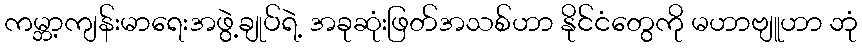
ကမ္ဘာ့ကျန်းမာရေးအဖွဲ့ချုပ်ရဲ့ အခုဆုံးဖြတ်အသစ်ဟာ နိုင်ငံတွေကို မဟာဗျူဟာ ဘုံ